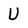
Character: U